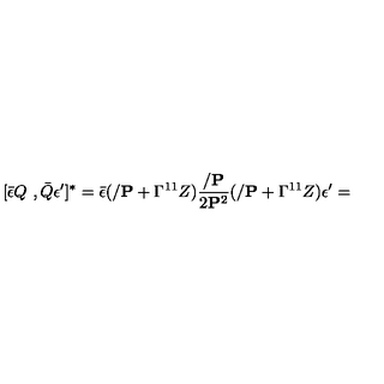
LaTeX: [ \bar { \epsilon } Q \ , \bar { Q } \epsilon ^ { \prime } ] ^ { * } = \bar { \epsilon } ( / { { \bf P } } + \Gamma ^ { 1 1 } Z ) { \frac { / { { \bf P } } } { 2 { \bf P } ^ { 2 } } } ( / { { \bf P } } + \Gamma ^ { 1 1 } Z ) \epsilon ^ { \prime } =